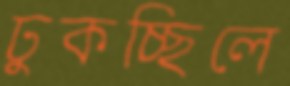
ঢুকচ্ছিলে